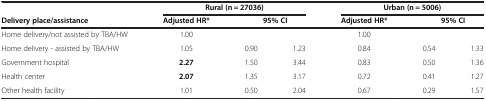
<table><thead><tr><td><b> </b></td><td colspan="3"><b>Rural (n = 27036)</b></td><td colspan="3"><b>Urban (n = 5006)</b></td></tr><tr><td><b>Delivery place/assistance</b></td><td><b>Adjusted HR*</b></td><td colspan="2"><b>95% CI</b></td><td><b>Adjusted HR*</b></td><td colspan="2"><b>95% CI</b></td></tr></thead><tbody><tr><td>Home delivery/not assisted by TBA/HW</td><td>1.00</td><td> </td><td> </td><td>1.00</td><td> </td><td> </td></tr><tr><td>Home delivery - assisted by TBA/HW</td><td>1.05</td><td>0.90</td><td>1.23</td><td>0.84</td><td>0.54</td><td>1.33</td></tr><tr><td>Government hospital</td><td><b>2.27</b></td><td>1.50</td><td>3.44</td><td>0.83</td><td>0.50</td><td>1.36</td></tr><tr><td>Health center</td><td><b>2.07</b></td><td>1.35</td><td>3.17</td><td>0.72</td><td>0.41</td><td>1.27</td></tr><tr><td>Other health facility</td><td>1.01</td><td>0.50</td><td>2.04</td><td>0.67</td><td>0.29</td><td>1.57</td></tr></tbody></table>